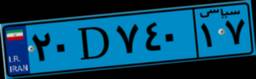
۰۷D۹۵۰۲۵